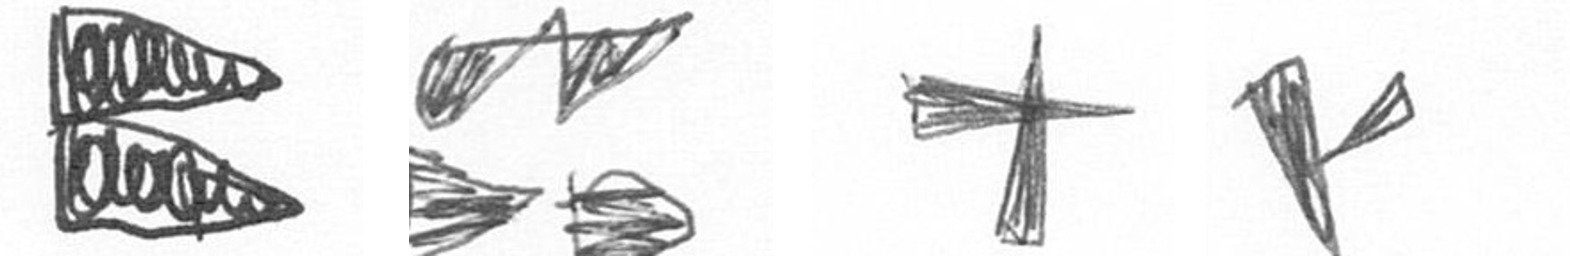
P B G F